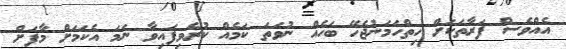
އެއްވެސް ފަރާތަކަށް ހިތްހަމަނުޖެހޭ ބަހެއް ނުވަތަ ކަމެއް ކުރެވިފައިވާ ނަމަ އެކަމަށް މާފަށް